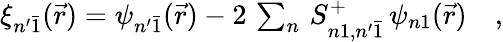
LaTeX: \begin{array}{r}{\xi_{n^{\prime}\bar{1}}(\vec{r})=\psi_{n^{\prime}\bar{1}}(\vec{r})-2\, \sum_{n}\, S_{n1,n^{\prime}\bar{1}}^{+}\, \psi_{n1}(\vec{r})\quad,}\end{array}